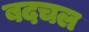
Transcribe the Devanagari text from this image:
बदचल